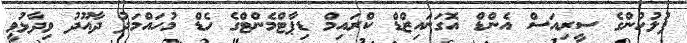
ފުލުހުންގެ ސީރިއަސް އެންޑް އޮގަނައިޒްޑް ކްރައިމް ޑިޕާޓްމެންޓްގެ ހެޑް މުހައްމަދު ދާއޫދު ވިދާޅުވީ